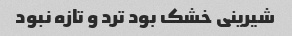
شیرینی خشک بود ترد و تازه نبود